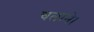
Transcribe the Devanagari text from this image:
चलाने।